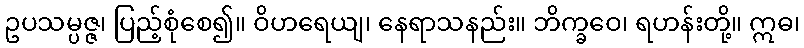
ဥပသမ္ပဇ္ဇ၊ ပြည့်စုံစေ၍။ ဝိဟရေယျ၊ နေရာသနည်း။ ဘိက္ခဝေ၊ ရဟန်းတို့။ ဣဓ၊